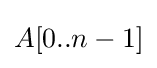
A[0..n-1]